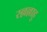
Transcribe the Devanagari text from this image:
स्ल्लल्लाहु